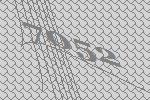
7052